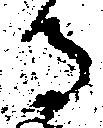
る